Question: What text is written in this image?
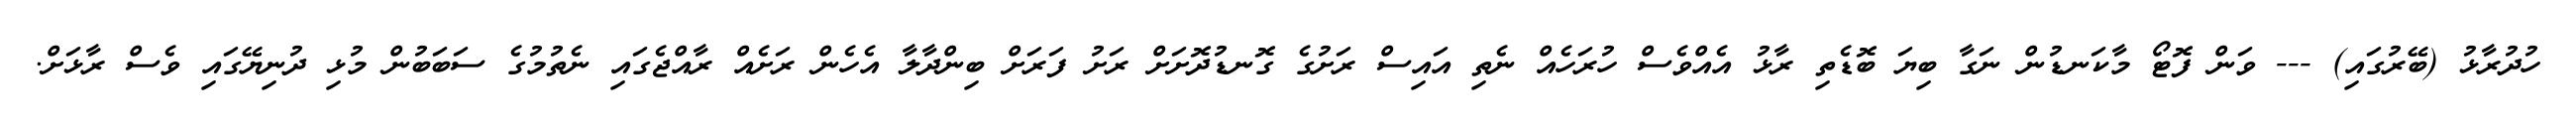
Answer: ހުދުރާޅު (ބޭރުގައި) --- ވަން ފޮޓޯ މާކަނޑުން ނަގާ ބިޔަ ބޮޑެތި ރާޅު އެއްވެސް ހުރަހެއް ނެތި އައިސް ރަށުގެ ގޮނޑުދޮށަށް ރަށު ފަރަށް ބިންދާލާ އެހެން ރަށެއް ރާއްޖެގައި ނެތުމުގެ ސަބަބުން މުޅި ދުނިޔޭގައި ވެސް ރާޅަށް.